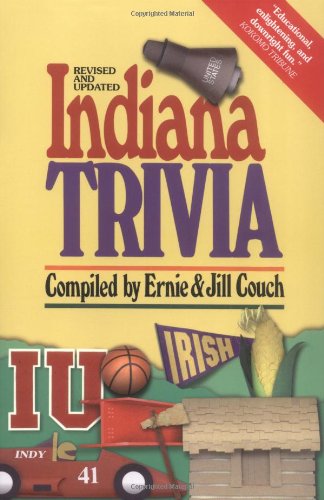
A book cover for Indiana Trivia (Trivia Fun); Ernie Couch; Travel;